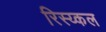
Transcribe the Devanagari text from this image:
रिस्य्कल